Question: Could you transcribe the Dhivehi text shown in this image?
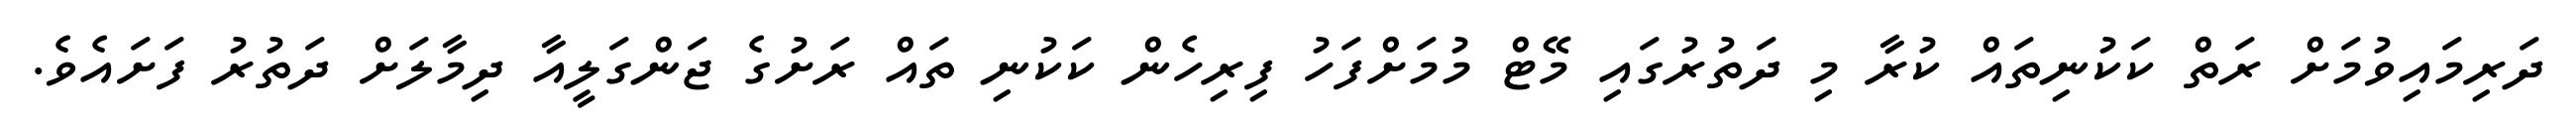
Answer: ދަރިމައިވުމަށް ރަތް ކަކުނިތައް ކުރާ މި ދަތުރުގައި މޭޓް މުމަށްފަހު ފިރިހެން ކަކުނި ތައް ރަށުގެ ޖަންގަލީއާ ދިމާލަށް ދަތުރު ފަށައެވެ.